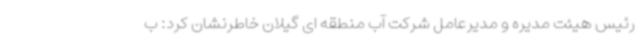
رئیس هیئت مدیره و مدیرعامل شرکت آب منطقه ای گیلان خاطرنشان کرد: ب